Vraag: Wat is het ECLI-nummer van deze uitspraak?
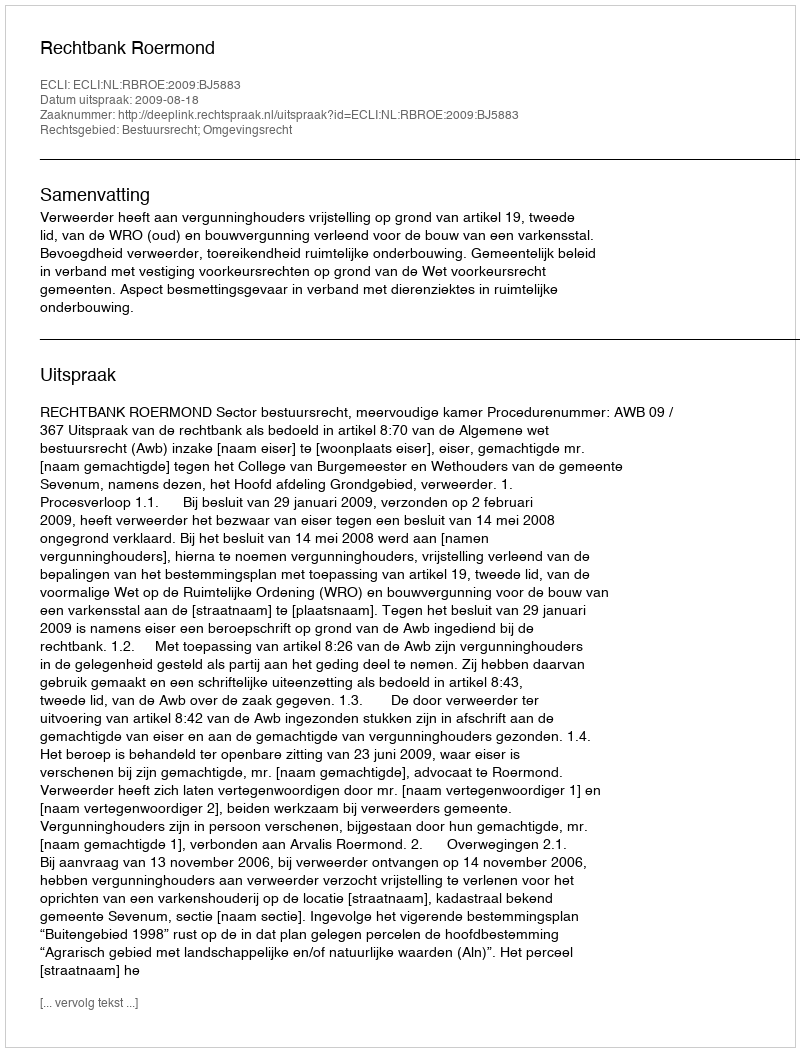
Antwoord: ECLI:NL:RBROE:2009:BJ5883